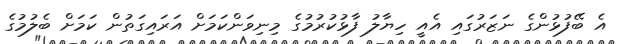
އެ ބޭފުޅުންގެ ނަޒަރުގައި އެއީ ހިޔާލު ފާޅުކުރުމުގެ މިނިވަންކަމަށް އަރައިގަތުން ކަމަށް ބެލުމުގެ